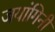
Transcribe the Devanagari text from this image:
जयांगिनी